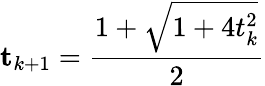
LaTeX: \mathbf t_{k+1}=\frac{1+\sqrt{1+4t_{k}^{2}}}{2}